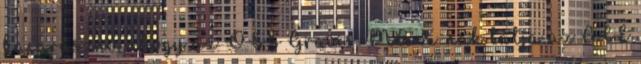
kacarászni, ahogy az OSS Gravis MAX-nak látja az ACE